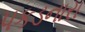
પકડનારા